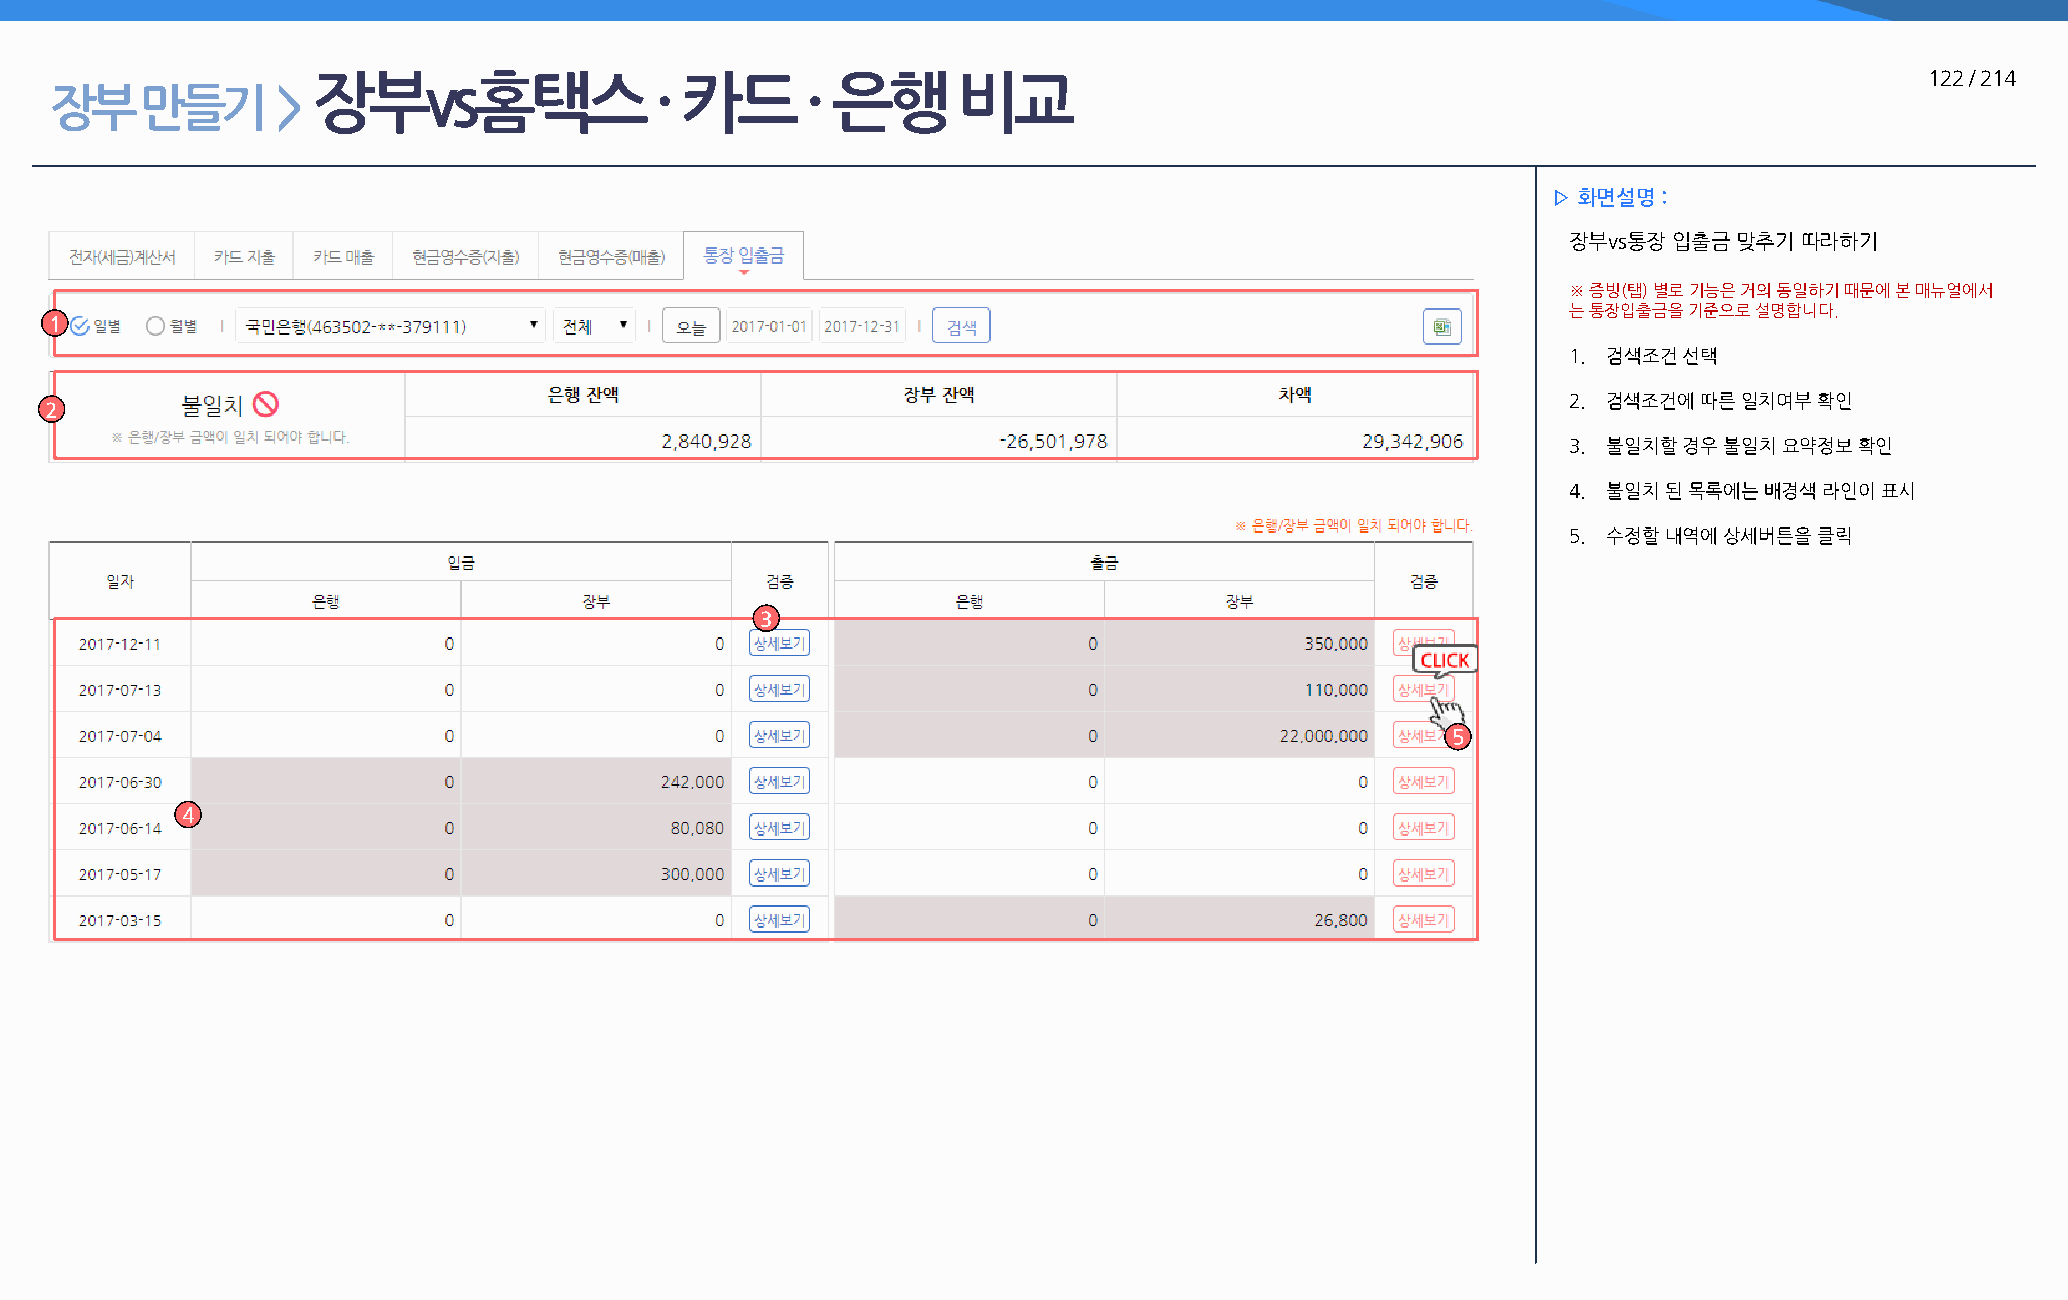
장부vs홈택스               · 카드      · 은행      비교                                                               122 / 214
 장부    만들기      >
 ▷ 화면설명 :
 장부vs통장 입출금 맞추기 따라하기
 ※ 증빙(탭) 별로 기능은 거의 동일하기 때문에 본 매뉴얼에서
 는 통장입출금을 기준으로 설명합니다.
 1
 1. 검색조건 선택
 2. 검색조건에 따른 일치여부 확인
 2
 3. 불일치할 경우 불일치 요약정보 확인
 4. 불일치 된 목록에는 배경색 라인이 표시
 5. 수정할 내역에 상세버튼을 클릭
 3
 5
 4